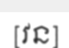
[វន]